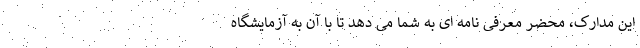
این مدارک، محضر معرفی نامه ای به شما می دهد تا با آن به آزمایشگاه